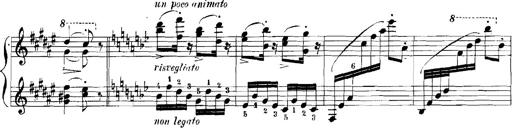
Title: Rhapsodies hongroises
Composer: Franz Liszt